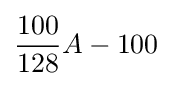
{\frac {100}{128}}A-100